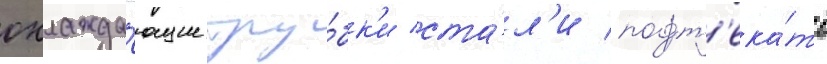
охлажда́ющие тру́бк'и ста́л'и подт'ека́ть